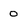
Character: 0